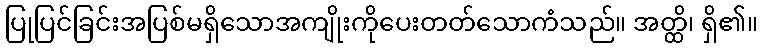
ပြုပြင်ခြင်းအပြစ်မရှိသောအကျိုးကိုပေးတတ်သောကံသည်။ အတ္ထိ၊ ရှိ၏။